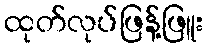
ထုတ်လုပ်ဖြန့်ဖြူး